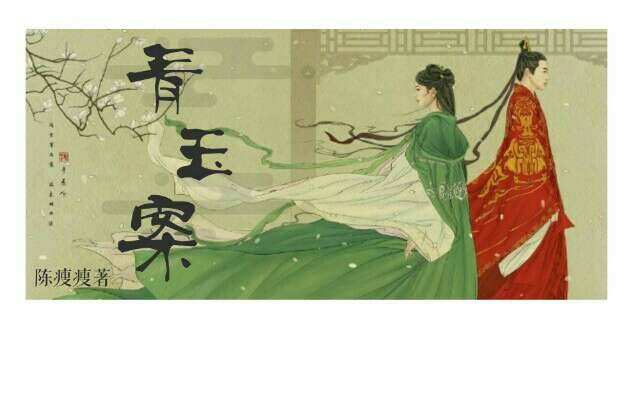
美人赠我锦绣段，何以报之青玉案。